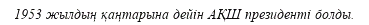
1953 жылдың қаңтарына дейін АҚШ президенті болды.